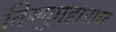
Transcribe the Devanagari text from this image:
विष्णुमहाराज